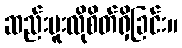
ဆည်းပူးလိုစိတ်ရှိခြင်း။